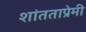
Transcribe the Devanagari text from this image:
शांतताप्रेमी